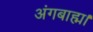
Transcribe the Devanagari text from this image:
अंगबाह्म।